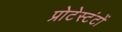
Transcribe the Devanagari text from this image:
प्रोटेस्टंटों